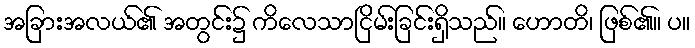
အခြားအလယ်၏ အတွင်း၌ ကိလေသာငြိမ်းခြင်းရှိသည်။ ဟောတိ၊ ဖြစ်၏။ ပ။